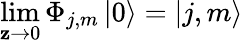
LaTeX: \operatorname*{lim}_{\mathbf{z}\rightarrow0}\Phi_{j,m}\left|0\right\rangle=\left|j,m\right\rangle